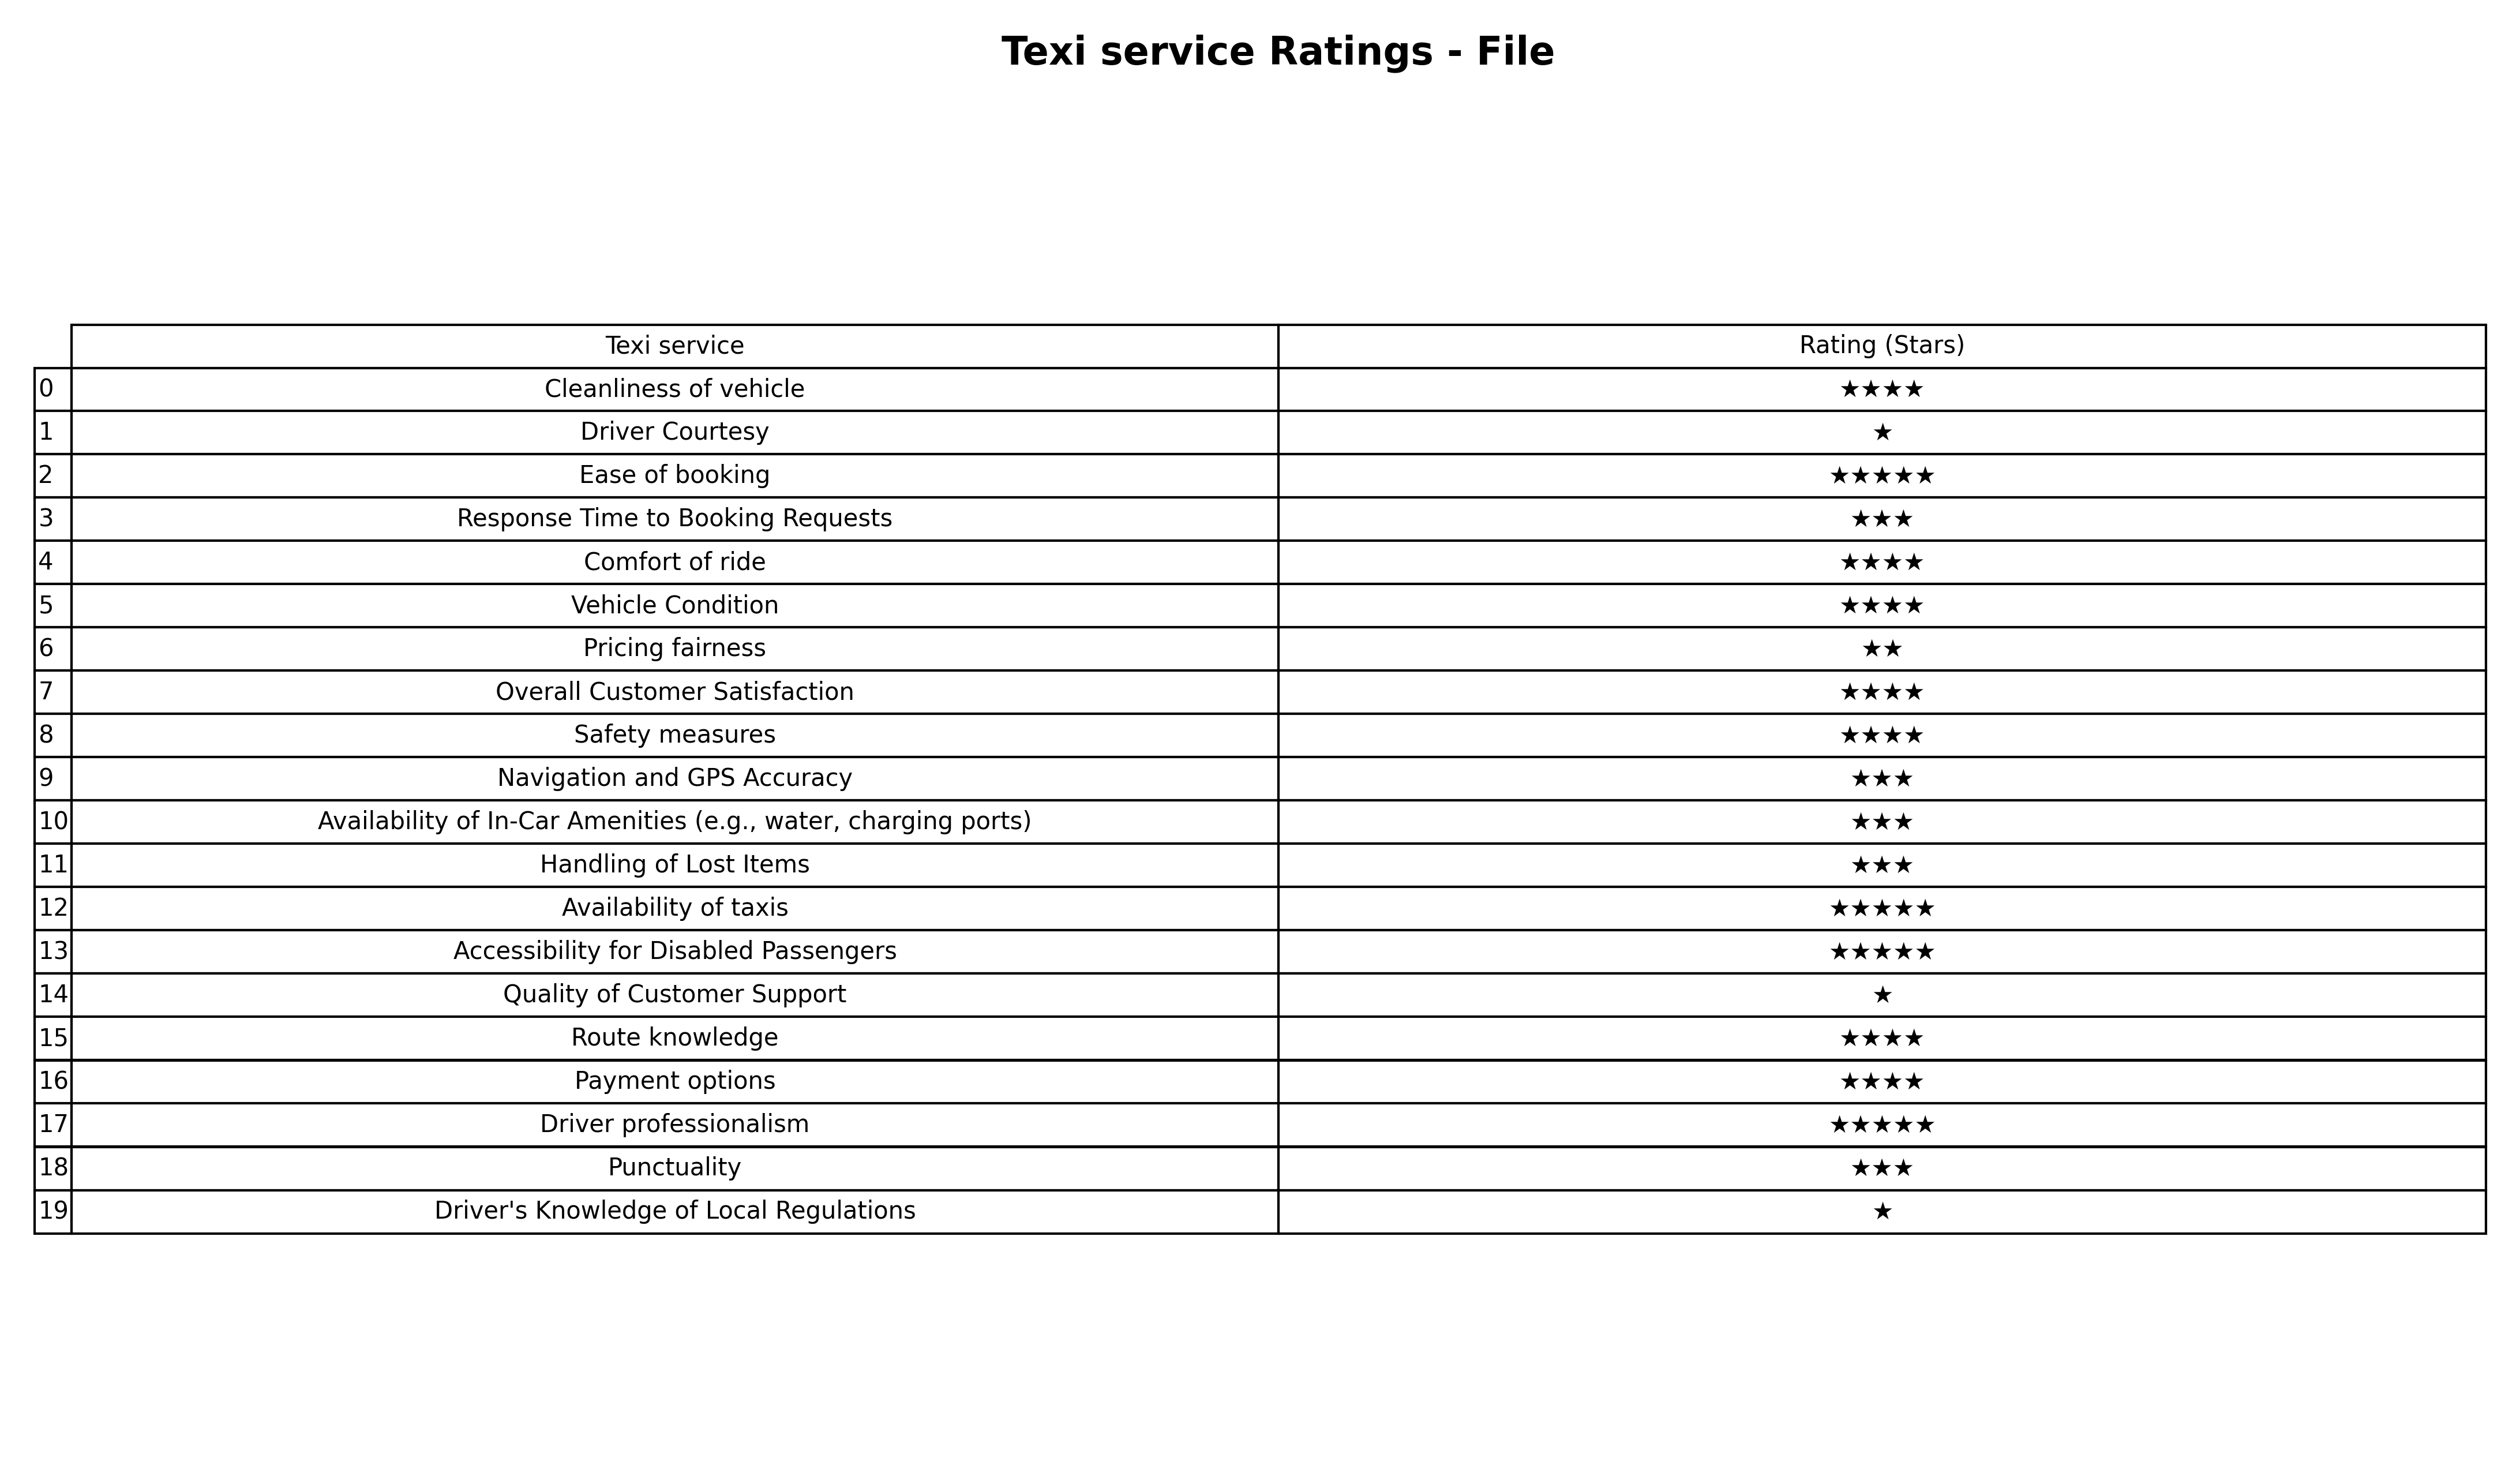
question: What is the rating of Punctuality?
answer: ★★★